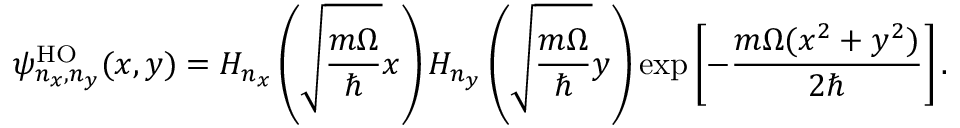
\psi _ { n _ { x } , n _ { y } } ^ { \mathrm { H O } } ( x , y ) = H _ { n _ { x } } \left( \sqrt { \frac { m \Omega } { \hbar } } x \right) H _ { n _ { y } } \left( \sqrt { \frac { m \Omega } { \hbar } } y \right) \exp \left[ - \frac { m \Omega ( x ^ { 2 } + y ^ { 2 } ) } { 2 \hbar } \right] .